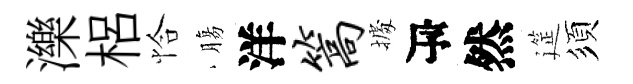
濼梠恰膓洋篙𢴃瓴然筵須